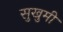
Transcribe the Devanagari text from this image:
सुखुमी